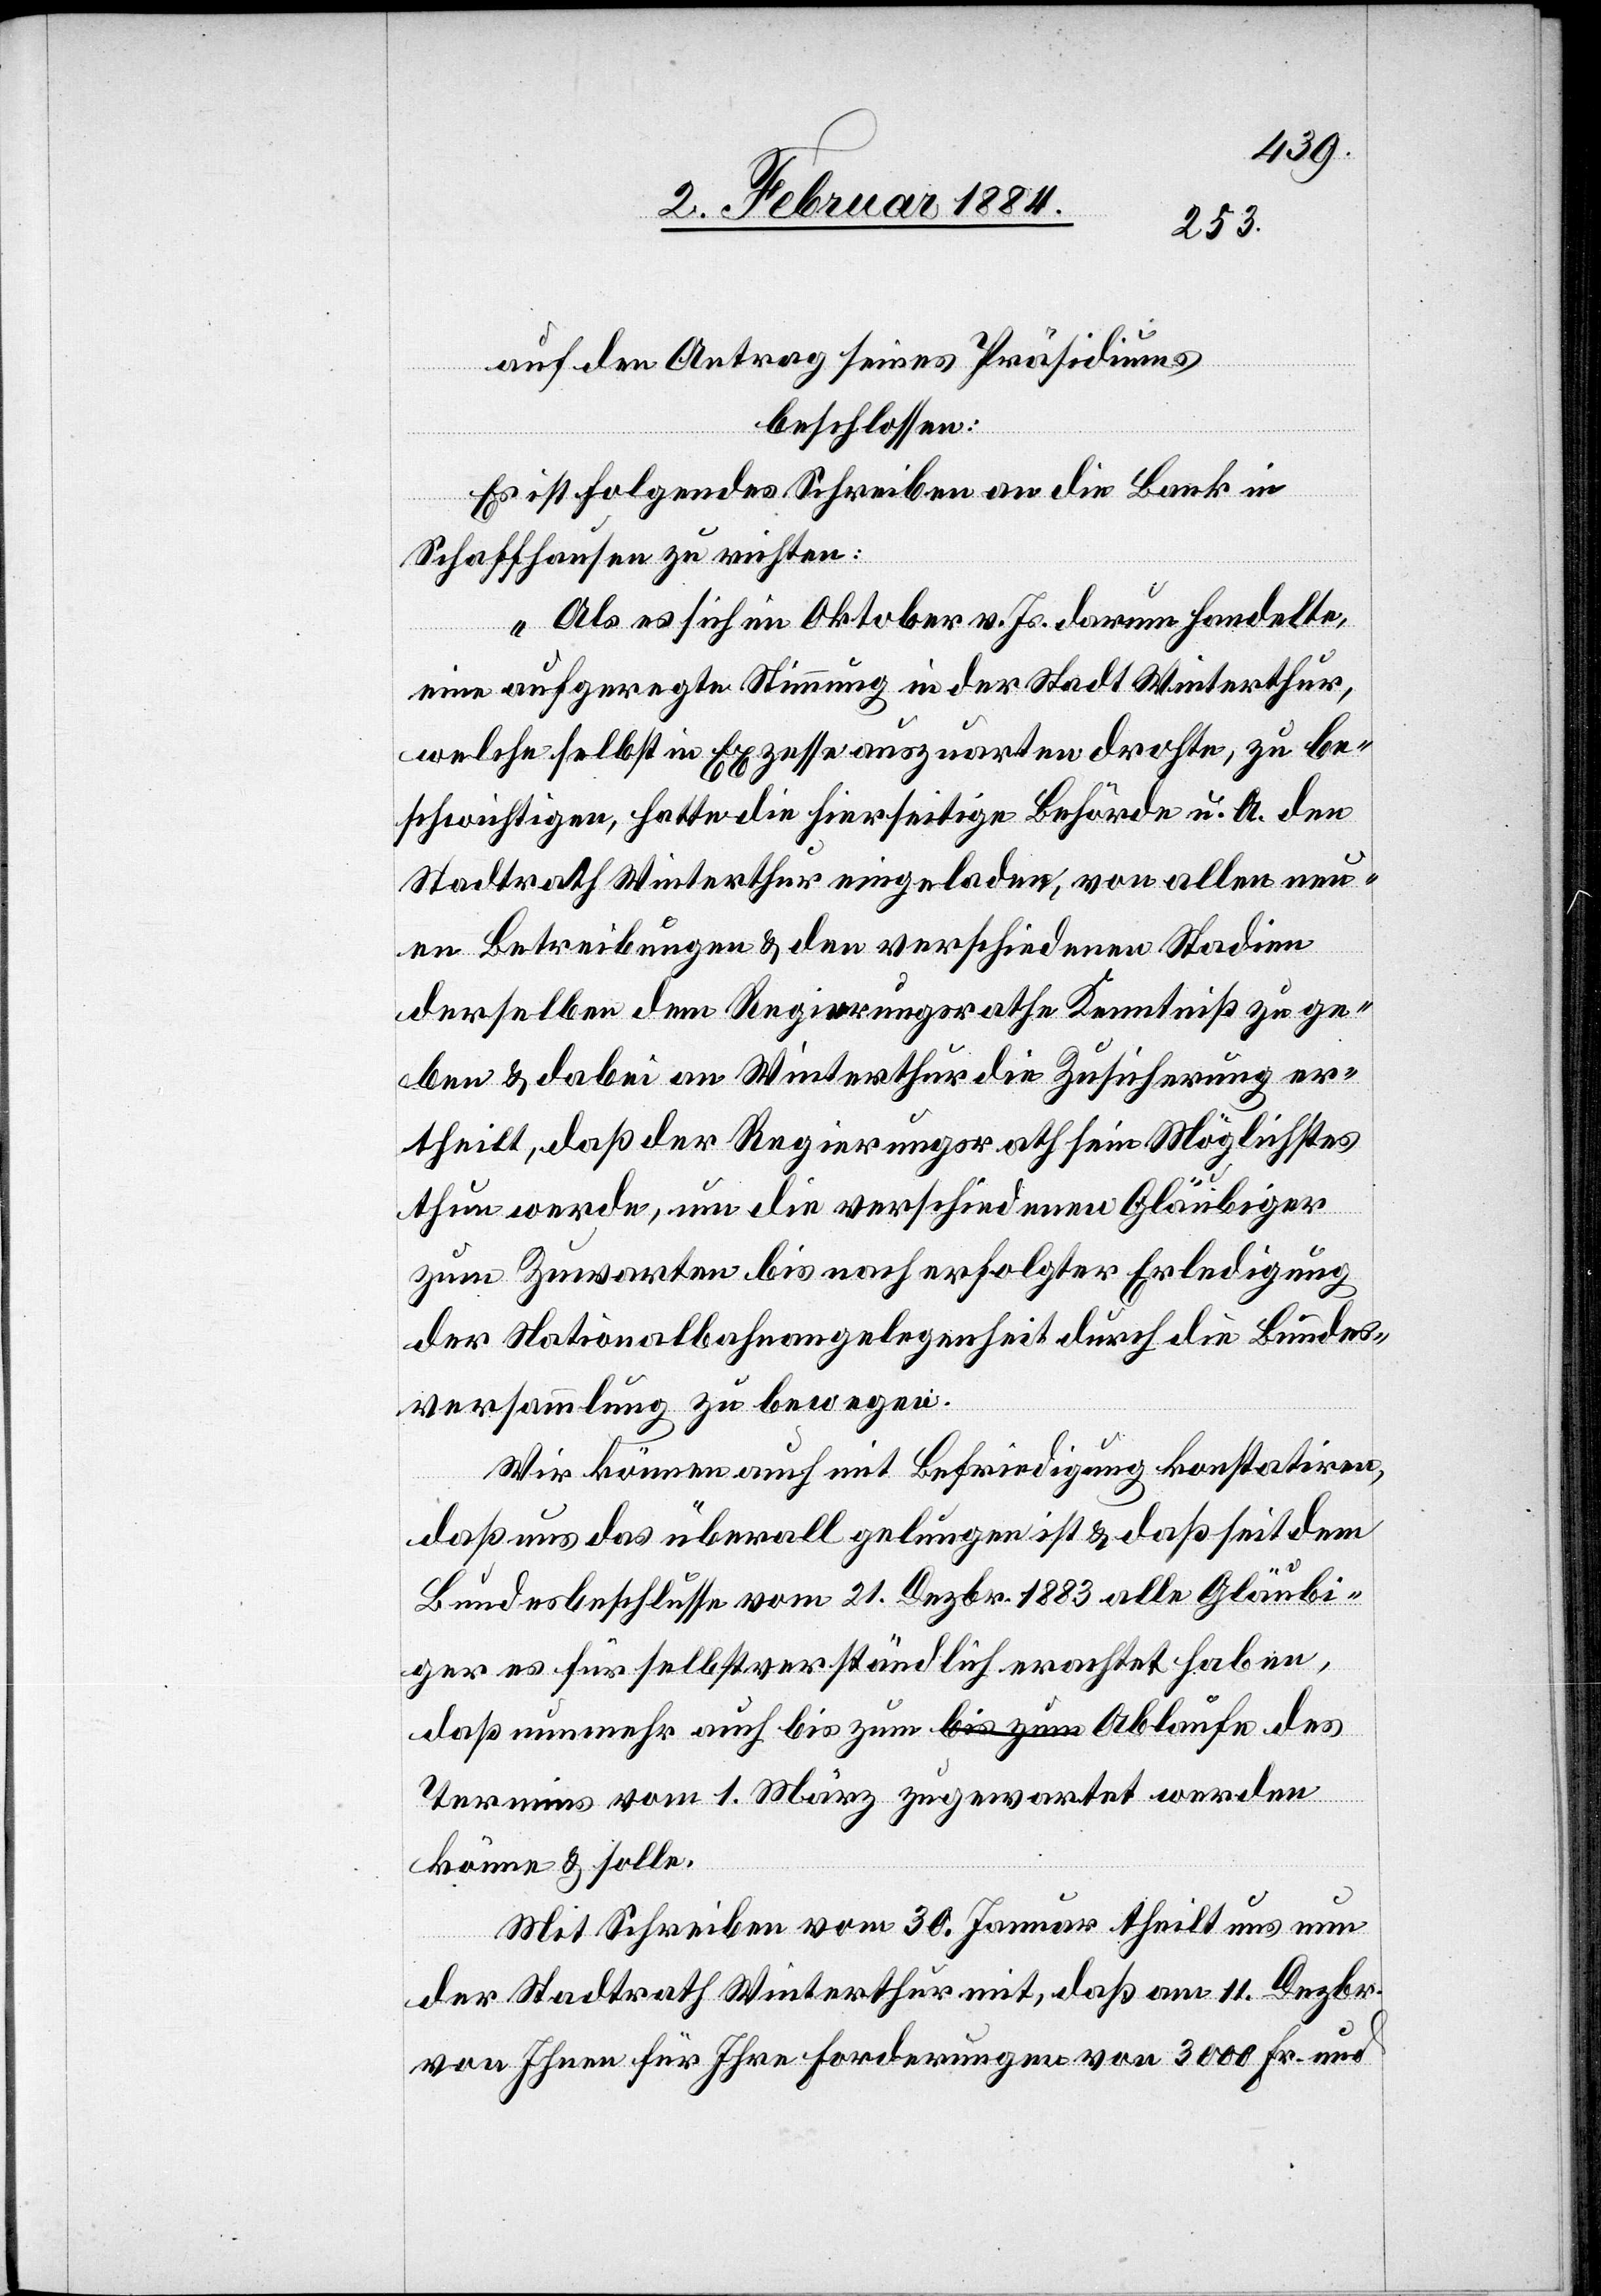
auf den Antrag seines Präsidiums
beschlossen:
werden
Es ist folgendes Schreiben an die Bank in
Schaffhausen zu richten:
„Als es sich im Oktober v. Js. darum handelte,
eine aufgeregte Stimmung in der Stadt Winterthur,
welche selbst in Exzesse auszuarten drohte, zu be¬
schwichtigen, hatte die hierseitige Behörde u. A. den
Stadtrath Winterthur eingeladen, von allen neu¬
en Beitreibungen & den verschiedenen Stadien
derselben dem Regierungsrathe Kenntniß zu ge¬
ben & dabei an Winterthur die Zusicherung er¬
theilt, daß der Regierungsrath sein Möglichstes
thun werde, um die verschiedenen Gläubiger
zum Zuwarten bis nach erfolgter Erledigung
der Nationalbahnangelegenheit durch die Bundes¬
versammlung zu bewegen.
Wir können auch mit Befriedigung konstatiren,
daß uns das überall gelungen ist & daß seit dem
Bundesbeschlusse vom 21. Dezbr. 1883 alle Gläubi¬
ger es für selbstverständlich erachtet haben,
daß nunmehr auch bis zum Ablaufe des Termins
vom 1.
könne & solle.
Mit Schreiben vom 30. Januar theilt uns nun
der Stadtrath Winterthur mit, daß am 11. Dezbr.
von Ihnen für Ihre Forderungen von 3000 Fr. und